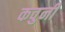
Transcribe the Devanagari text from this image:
कवुनी